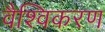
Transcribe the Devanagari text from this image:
वैश्विकरण